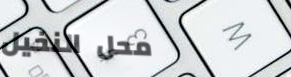
محل النخيل